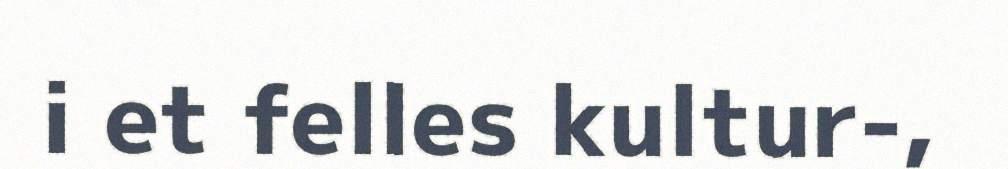
i et felles kultur-,